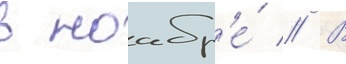
в ноабр'е́ // В